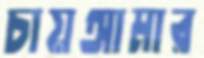
চায়আমার